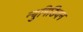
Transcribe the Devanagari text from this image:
न्युमिडियन